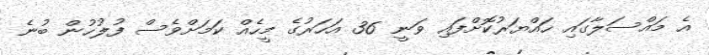
އެ މައްސަލާގައި ހައްޔަރުކޮށްފައި ވަނީ 36 އަހަރުގެ މީހެއް ކަމަށްވެސް ފުލުހުން ބުނެ